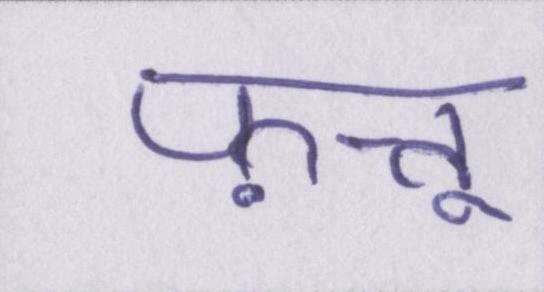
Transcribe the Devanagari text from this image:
फ़त्तू